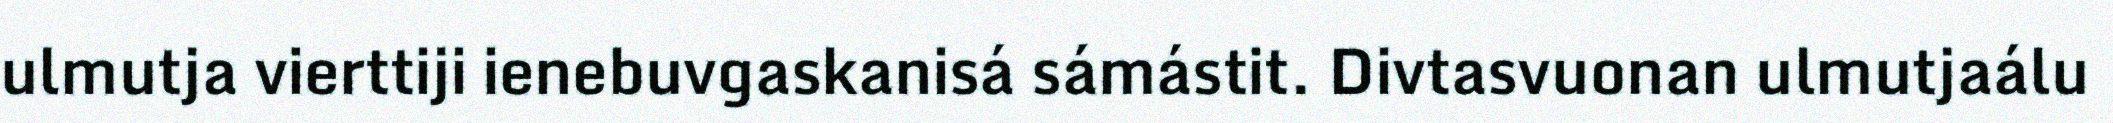
ulmutja vierttiji ienebuvgaskanisá sámástit. Divtasvuonan ulmutjaálu